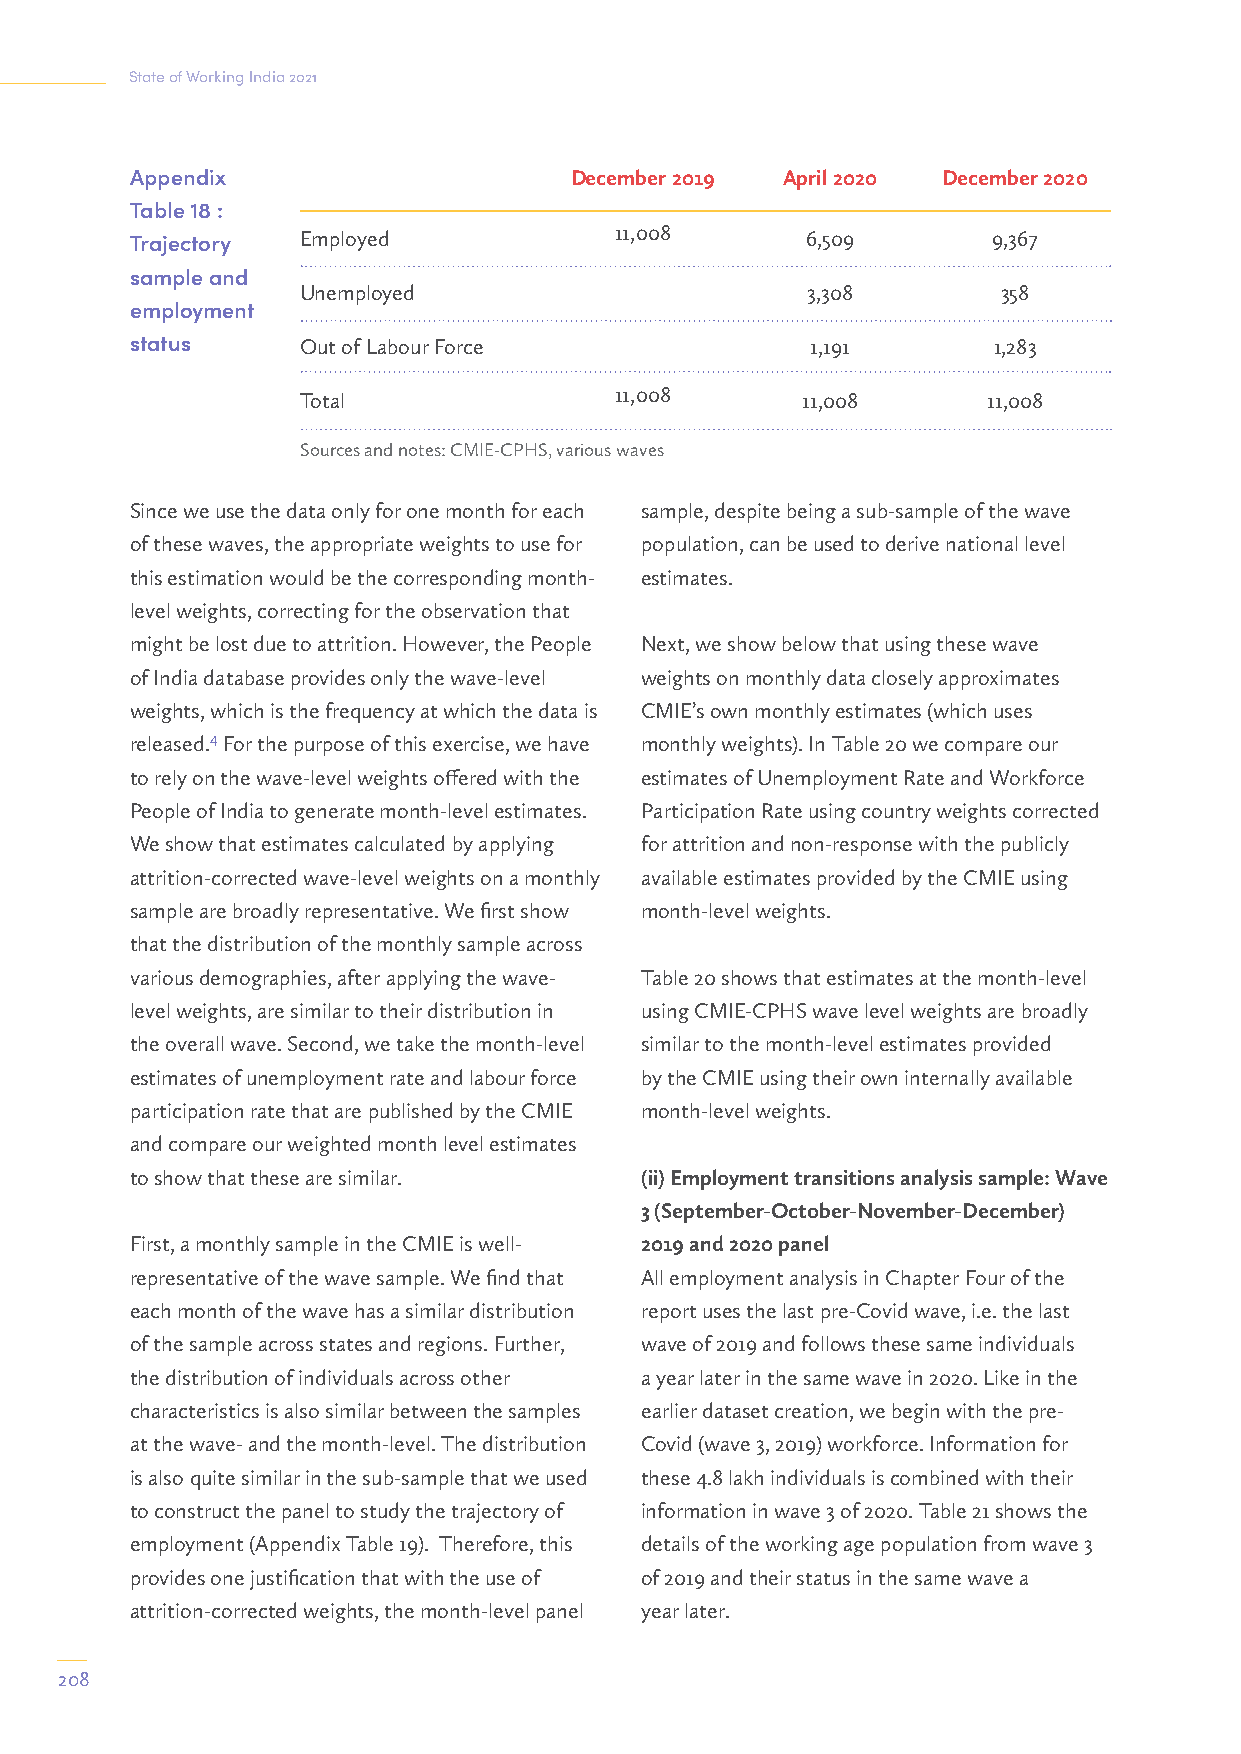
State of Working India 2021
 Appendix                     December 2019 April 2020 December 2020
 Table 18 :
 Trajectory Employed             11,008      6,509        9,367
 sample and
 Unemployed                       3,308        358
 employment
 status     Out of Labour Force               1,191       1,283
 Total                11,008      11,008      11,008
 Sources and notes: CMIE-CPHS, various waves
 Since we use the data only for one month for each sample, despite being a sub-sample of the wave
 of these waves, the appropriate weights to use for population, can be used to derive national level
 this estimation would be the corresponding month- estimates.
 level weights, correcting for the observation that
 might be lost due to attrition. However, the People Next, we show below that using these wave
 of India database provides only the wave-level weights on monthly data closely approximates
 weights, which is the frequency at which the data is CMIE’s own monthly estimates (which uses
 released.4 For the purpose of this exercise, we have monthly weights). In Table 20 we compare our
 to rely on the wave-level weights offered with the estimates of Unemployment Rate and Workforce
 People of India to generate month-level estimates. Participation Rate using country weights corrected
 We show that estimates calculated by applying for attrition and non-response with the publicly
 attrition-corrected wave-level weights on a monthly available estimates provided by the CMIE using
 sample are broadly representative. We first show month-level weights.
 that the distribution of the monthly sample across
 various demographies, after applying the wave- Table 20 shows that estimates at the month-level
 level weights, are similar to their distribution in using CMIE-CPHS wave level weights are broadly
 the overall wave. Second, we take the month-level similar to the month-level estimates provided
 estimates of unemployment rate and labour force by the CMIE using their own internally available
 participation rate that are published by the CMIE month-level weights.
 and compare our weighted month level estimates
 to show that these are similar.  (ii) Employment transitions analysis sample: Wave
 3 (September-October-November-December)
 First, a monthly sample in the CMIE is well- 2019 and 2020 panel
 representative of the wave sample. We find that All employment analysis in Chapter Four of the
 each month of the wave has a similar distribution report uses the last pre-Covid wave, i.e. the last
 of the sample across states and regions. Further, wave of 2019 and follows these same individuals
 the distribution of individuals across other a year later in the same wave in 2020. Like in the
 characteristics is also similar between the samples earlier dataset creation, we begin with the pre-
 at the wave- and the month-level. The distribution Covid (wave 3, 2019) workforce. Information for
 is also quite similar in the sub-sample that we used these 4.8 lakh individuals is combined with their
 to construct the panel to study the trajectory of information in wave 3 of 2020. Table 21 shows the
 employment (Appendix Table 19). Therefore, this details of the working age population from wave 3
 provides one justification that with the use of of 2019 and their status in the same wave a
 attrition-corrected weights, the month-level panel year later.
 208